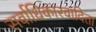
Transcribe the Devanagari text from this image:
सर्वाधिकारवादिता